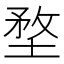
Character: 堥